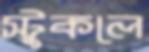
স্টুকলে